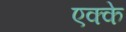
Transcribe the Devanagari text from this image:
एक्के